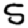
Digit: 5